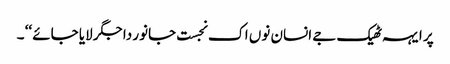
پر ایہہ ٹھیک جے انسان نوں اک نجست جانور دا جگر لایا جائے ‘‘ ۔